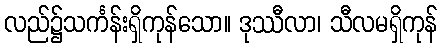
လည်၌သင်္ကန်းရှိကုန်သော။ ဒုဿီလာ၊ သီလမရှိကုန်